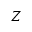
Z